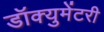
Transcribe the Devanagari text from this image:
डॉक्‍युमेंटरी